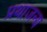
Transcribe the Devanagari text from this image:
प्रथाजन्य